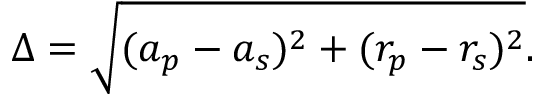
\Delta = \sqrt { ( a _ { p } - a _ { s } ) ^ { 2 } + ( r _ { p } - r _ { s } ) ^ { 2 } } .